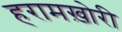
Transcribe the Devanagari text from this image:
हरामख़ोरी